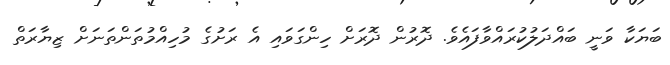
ބަޔަކާ ވަނީ ބައްދަލުކުރައްވާފައެވެ. ދޮރުން ދޮރަށް ހިންގަވައި އެ ރަށުގެ މުހިއްމުތަންތަނަށް ޒިޔާރަތް